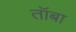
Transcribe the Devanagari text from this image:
तॉबा